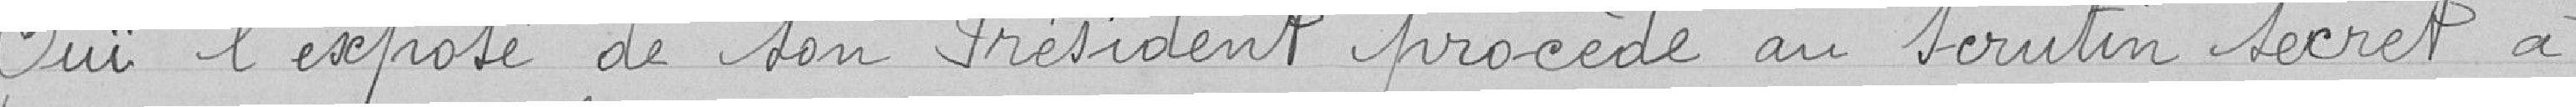
Ouï l'exposé de son Président, procède au scrutin secret à